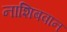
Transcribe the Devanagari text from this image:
नाशिबवान